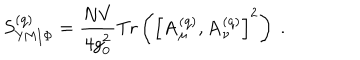
LaTeX: S _ { \mathrm { Y M / \Phi } } ^ { ( \mathrm { q } ) } = { \frac { N V } { 4 g _ { 0 } ^ { 2 } } } \mathrm { T r } \left( \left[ \mathbf { A } _ { \mu } ^ { ( \mathrm { q } ) } , \mathbf { A } _ { \nu } ^ { ( \mathrm { q } ) } \right] ^ { 2 } \right) \ .